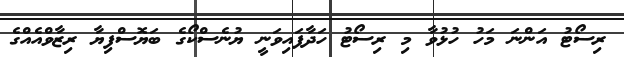
ރިސޯޓު އަންނަ މަހު ހުޅުވާ މި ރިސޯޓު ހަދާފައިވަނީ ޔުނެސްކޯގެ ބަޔޮސްފިޔާ ރިޒާވްއެއްގެ